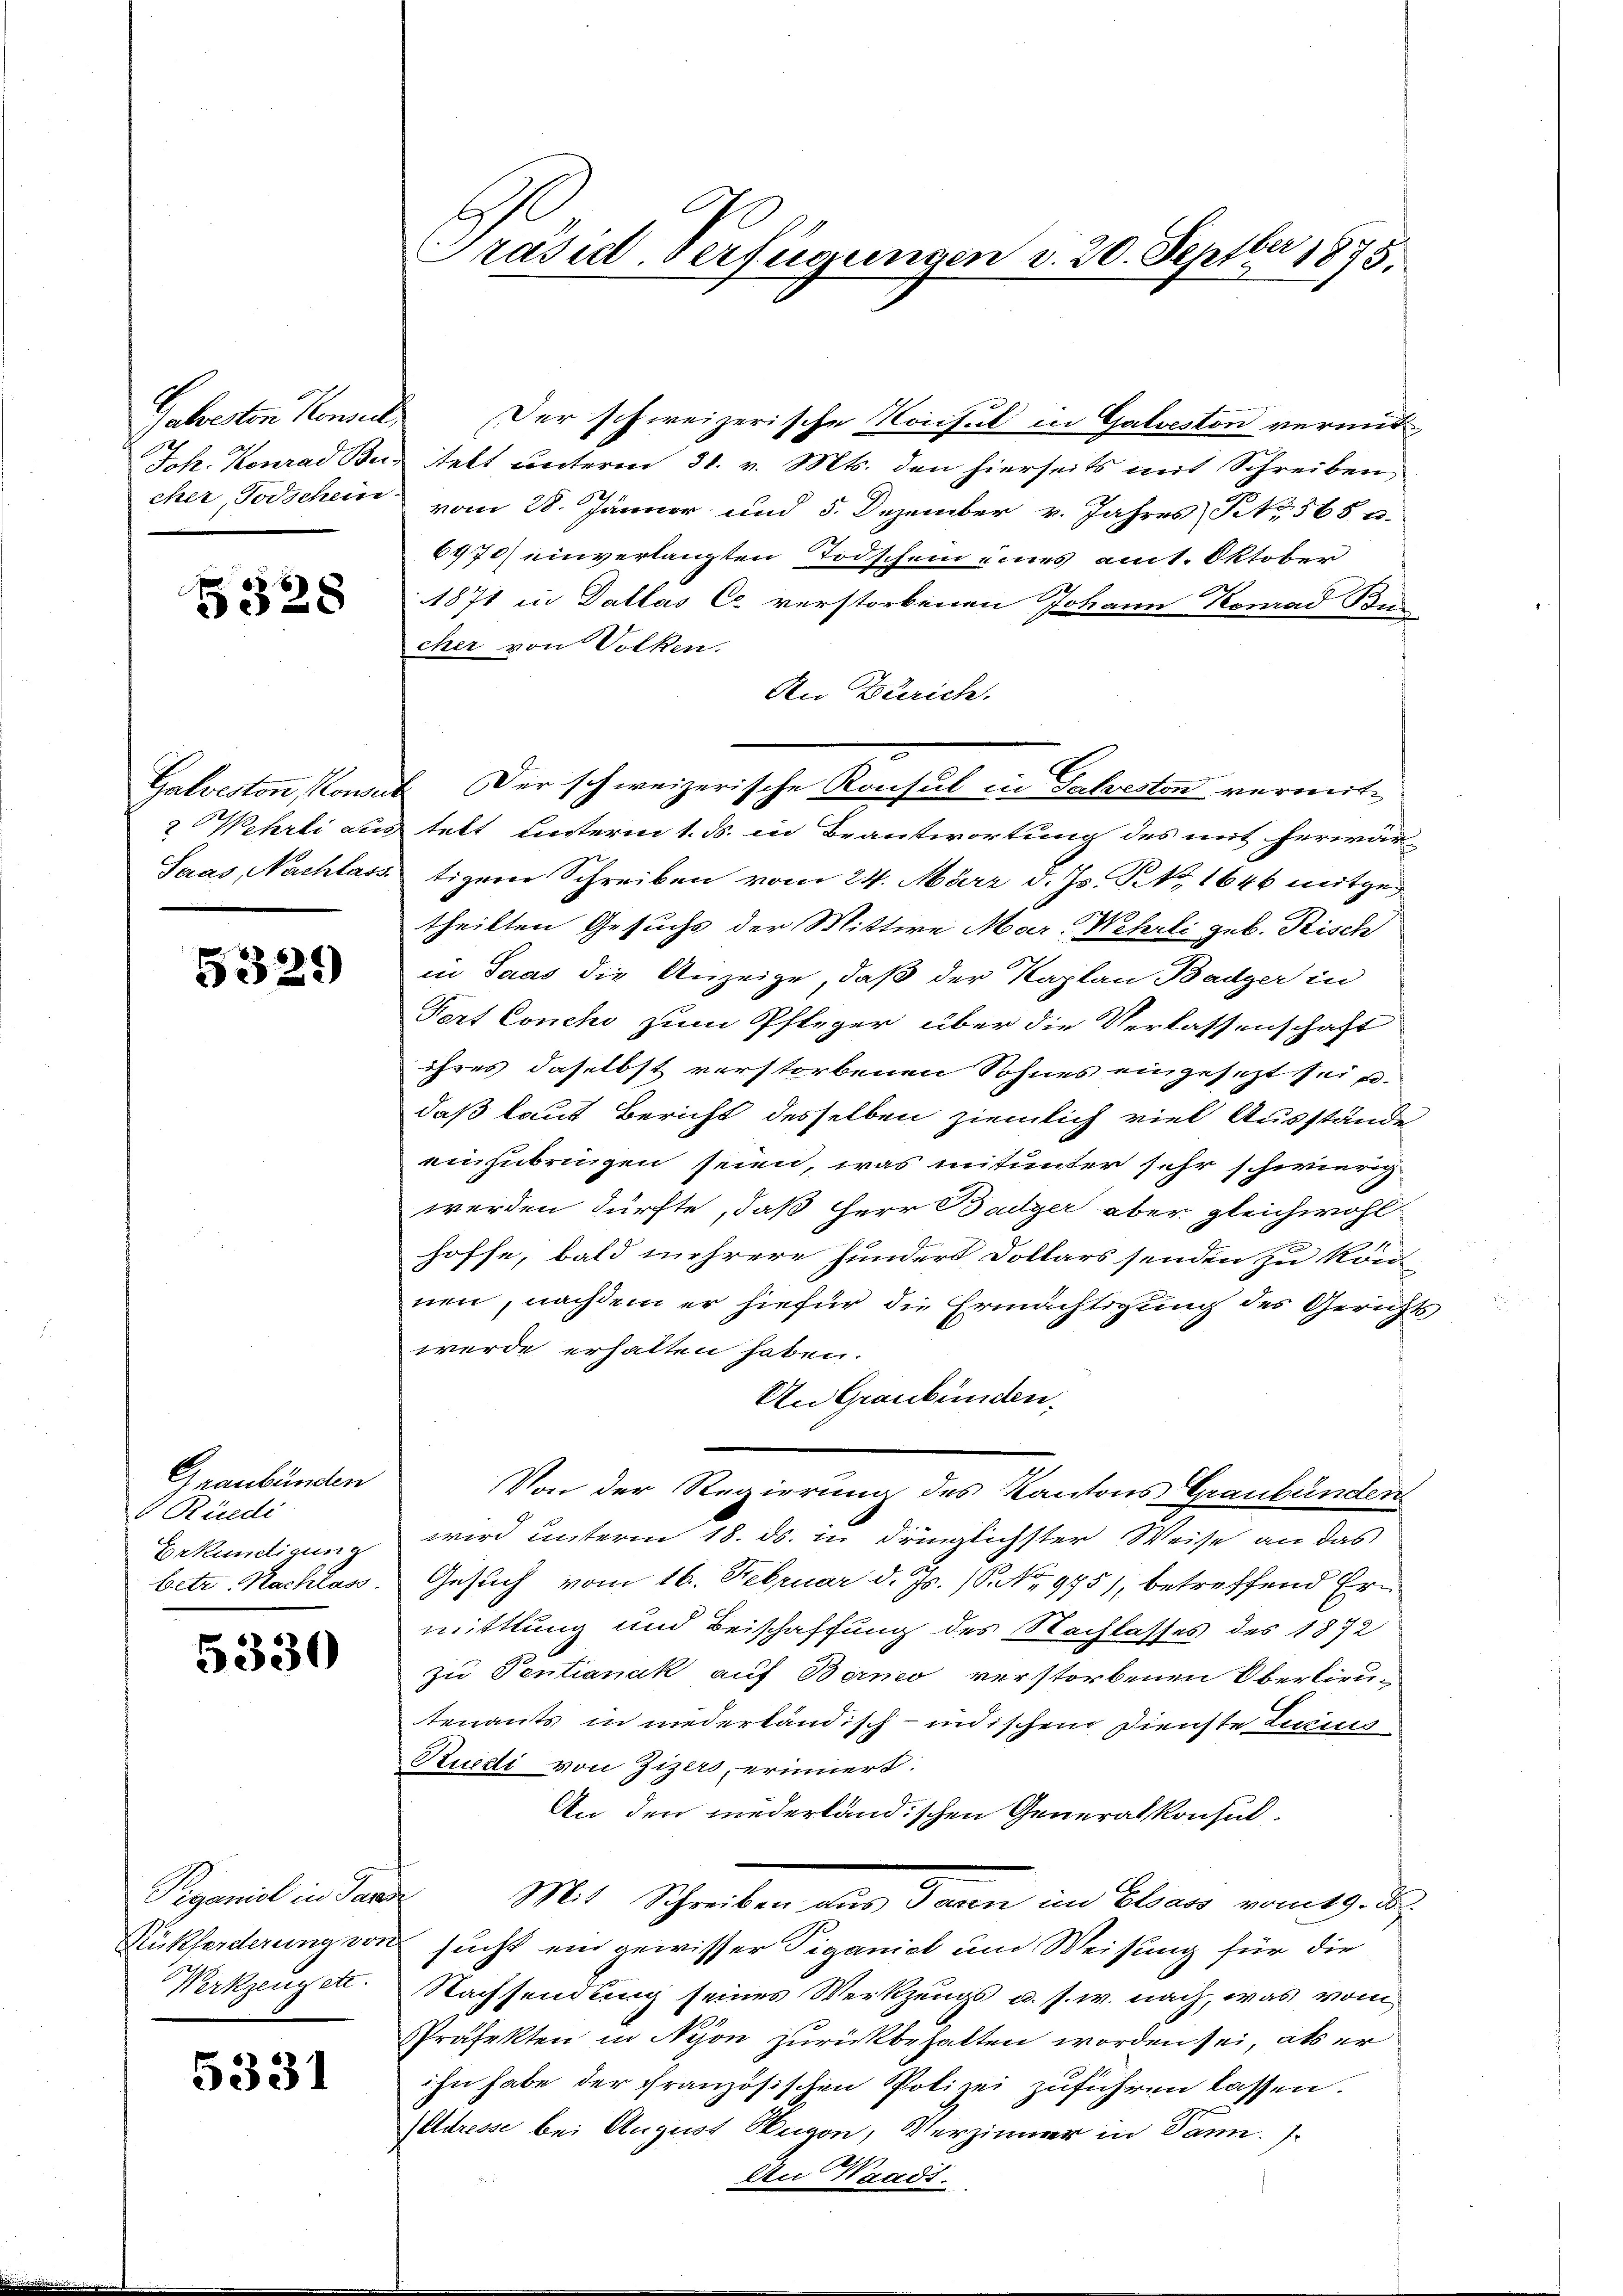
Gabreiten Konseil

5328

5329)

Graubünden
 Rüedi

5330

Peganiel in Sand

5331

s
Präsid. Verfügungen d. 20. Septbr 1875.

Der schweizerische Konsul in Galveston vermut
Joh. Konrad Bus telt unterm 31. v. Mts. den hierseits mit Schreiben,
cher, Todschein vom 28. Jänner und 5. Dezember v. Jahres No 365 u.
6470) einverlangten Todschein eines amt. Oktober
1871 in Dallas Co verstorbenen Johann Konrad Bun
cher von Volken.
An Zürich.
Galveston, Konat Der schweizerische Konsul in Salveston vermit¬
2 Wehrli aus telt unterm 1. ds. in Beantwortung des mit herwär
Saas, Nachlass tigem Schreiben vom 24. März d. Js. R. No 1646 mitgetheilten Gesuchs der Mittwe Mar. Wehrli geb. Risch
in Saas die Anzeige, daß der Kaplan Badger in
Fort Conchi zum Pfleger über die Verlassenschaft
ihres daselbst verstorbenen Sohnes eingesezt sei u.
daß laut Bericht desselben ziemlich viel Ausstände
einzubringen seien, was mitunter sehr schwierig
werden dürfte, daß Herr Badger aber gleichwohl
hoffe, bald mehrere Funders Dollars senden zu kön
nen, nachdem er hiefür die Ermächtigung des Gerichts
werde erhalten haben.
An Graubünden,
Von der Regierung des Kantons Graubünden
Erkundigung wird unterm 18. ds. in dringlichster Weise an das
betr. Nachlass. Gesuch vom 16. Februar d. Js. (S. No 975), betreffend Ern
mittlung und Beischaffung des Nachlasses des 1872
zu Ventianak auf Berneo verstorbenen Oberlieutenants in niederländisch-indischem Dienste Lucius
Rudi von Zizers, erinnert:
An den niederländischen Generalkonsul¬
Mit Schreiben wir dann in Aber vermage de
Rückforderung von sucht ein gewisser Piganiel und Weisung für die
Werkzeugett. Nachsendung seines Werkzeugs u. s. w. nach, was vom
Präfekten in Nyon zurückbehalten worden sei, als er
ihn habe der französischen Polizei zuführen lassen.
Adresse bei August Augen, Verzimmer in Dann
An Waadt.